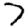
Digit: 7